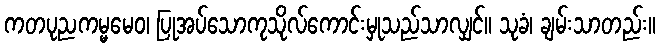
ကတပုညကမ္မမေဝ၊ ပြုအပ်သောကုသိုလ်ကောင်းမှုသည်သာလျှင်။ သုခံ၊ ချမ်းသာတည်း။